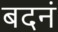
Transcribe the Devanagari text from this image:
बदनं